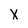
Character: X